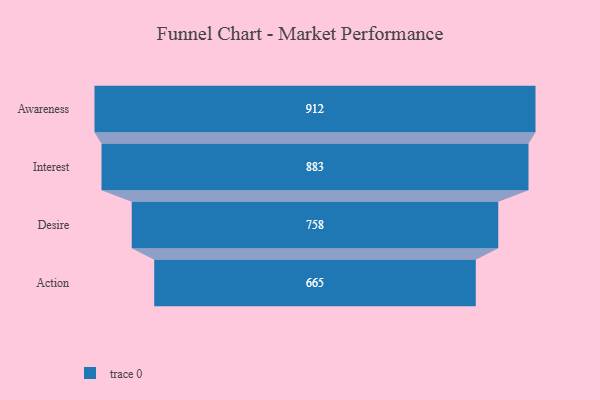
{"axis": {"x": "Stage", "y": "Value"}, "legend": [""], "data": [{"x": "Awareness", "y": 912.0, "type": ""}, {"x": "Interest", "y": 883.0, "type": ""}, {"x": "Desire", "y": 758.0, "type": ""}, {"x": "Action", "y": 665.0, "type": ""}]}